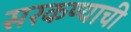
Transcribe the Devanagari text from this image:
सरकण्याची